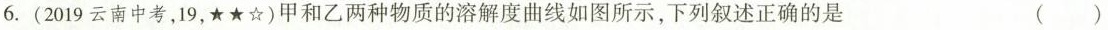
6.(2019云南中考，19，★★☆)甲和乙两种物质的溶解度曲线如图所示，下列叙述正确的是 ( )